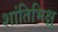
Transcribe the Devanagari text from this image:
शांतिभिक्षु